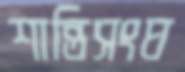
শান্তিসংঘ